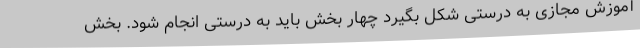
آموزش مجازی به درستی شکل بگیرد چهار بخش باید به درستی انجام شود. بخش